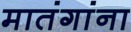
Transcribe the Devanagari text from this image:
मातंगांना